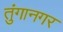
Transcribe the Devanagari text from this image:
तुंगानगर